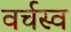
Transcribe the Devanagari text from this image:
वर्चस्‍व